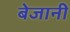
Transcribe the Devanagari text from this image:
बेजानी